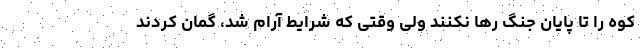
کوه را تا پایان جنگ رها نکنند ولی وقتی که شرایط آرام شد، گمان کردند